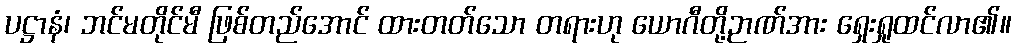
ပဋ္ဌာနံ၊ ဘင်မတိုင်မီ ဖြစ်တည်အောင် ထားတတ်သော တရားဟု ယောဂီတို့ဉာဏ်အား ရှေးရှုထင်လာ၏။